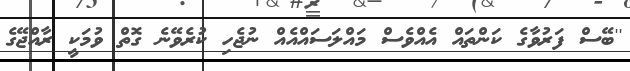
''ބޭސް ފަރުވާގެ ކަންތައް އެއްވެސް މައްލަސައްއެއް ނުޖެހި ކުރެވޭނެ ގޮތް ވުމަކީ ރާއްޖޭގެ